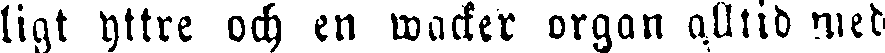
ligt yttre och en wacker organ alltid med